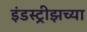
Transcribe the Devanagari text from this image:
इंडस्ट्रीझच्या